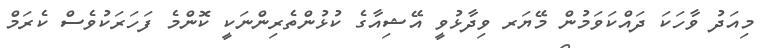
މިއަދު ވާހަކަ ދައްކަވަމުން މޭޔަރ ވިދާޅުވީ އޭޝިއާގެ ކުޅުންތެރިންނަކީ ކޮންމެ ފަހަރަކުވެސް ކެރަމް